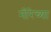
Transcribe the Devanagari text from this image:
नीरेच्या